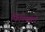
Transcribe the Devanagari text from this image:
फिनिक्सचे